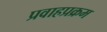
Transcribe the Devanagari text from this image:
प्रवाहप्रक्रम